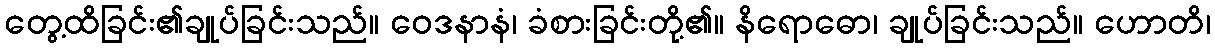
တွေ့ထိခြင်း၏ချုပ်ခြင်းသည်။ ဝေဒနာနံ၊ ခံစားခြင်းတို့၏။ နိရောဓော၊ ချုပ်ခြင်းသည်။ ဟောတိ၊